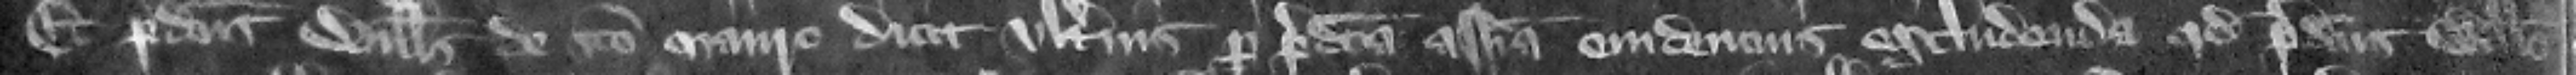
Et predictus Willelmus de Sancto Mauro dici vIterius pro predicta assisa euidencius excludenda quod predictus Willelmus